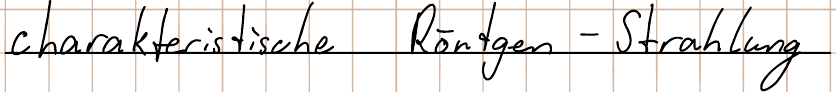
charakteristische Röntgen - Strahlung